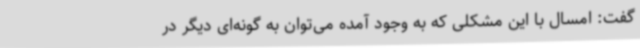
گفت: امسال با این مشکلی که به وجود آمده می‌توان به گونه‌ای دیگر در